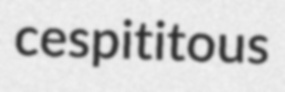
cespititous